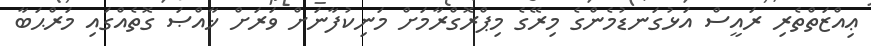
ޢިއްޒަތްތެރި ރައީސް އަޅުގަނޑުމެންގެ މިރޭގެ މިޕްރޮގްރާމަށް މަނިކުފާނަށް ވަރަށް ޚާއްޞަ ގޮތެއްގައި މަރްޙަބާ